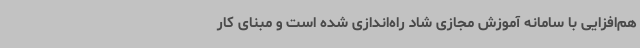
هم‌افزایی با سامانه آموزش مجازی شاد راه‌اندازی شده است و مبنای کار